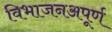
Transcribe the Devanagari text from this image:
विभाजनअपूर्ण